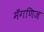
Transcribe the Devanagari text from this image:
मँगणिज